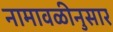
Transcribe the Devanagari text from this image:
नामावळीनुसार